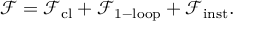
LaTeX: \mathcal { F } = { \mathcal { F } } _ { \mathrm { c l } } + { \mathcal { F } } _ { \mathrm { 1 - l o o p } } + { \mathcal { F } } _ { \mathrm { i n s t } } .